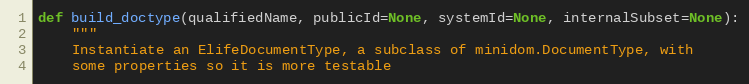
Language: Python
def build_doctype(qualifiedName, publicId=None, systemId=None, internalSubset=None):
    """
    Instantiate an ElifeDocumentType, a subclass of minidom.DocumentType, with
    some properties so it is more testable